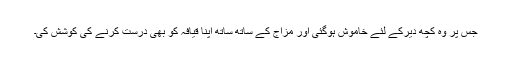
جس پر وہ کچھ دیرکے لئے خاموش ہوگئی اور مزاج کے ساتھ ساتھ اپنا قیافہ کو بھی درست کرنے کی کوشش کی۔